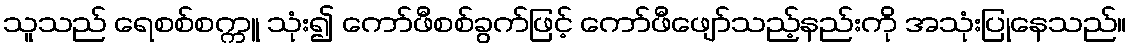
သူသည် ရေစစ်စက္ကူ သုံး၍ ကော်ဖီစစ်ခွက်ဖြင့် ကော်ဖီဖျော်သည့်နည်းကို အသုံးပြုနေသည်။